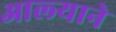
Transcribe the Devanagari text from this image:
आल्‍याने